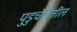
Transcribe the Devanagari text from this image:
पुडुचेरीतील